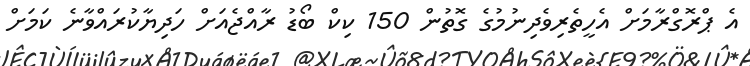
އެ ޕްރޮގްރާމަށް އެހީތެރިވެދިނުމުގެ ގޮތުން 150 ކިކް ބޯޑު ރާއްޖެއަށް ހަދިޔާކުރައްވާނެ ކަމަށް